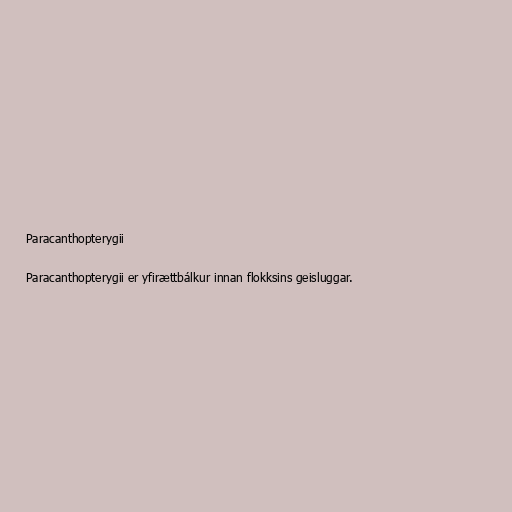
Paracanthopterygii

Paracanthopterygii er yfirættbálkur innan flokksins geisluggar.